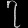
Digit: ၇